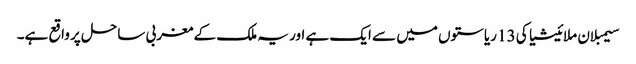
سیمبلان ملائیشیا کی 13 ریاستوں میں سے ایک ہے اور یہ ملک کے مغربی ساحل پر واقع ہے۔